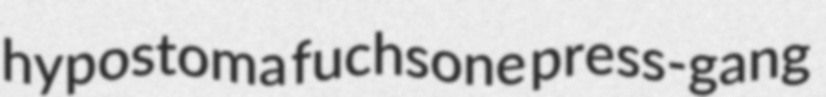
hypostoma fuchsone press-gang